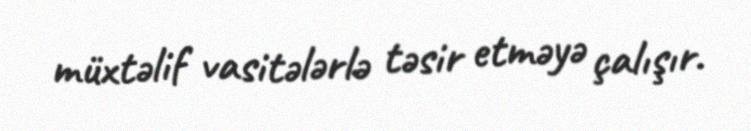
müxtəlif vasitələrlə təsir etməyə çalışır.